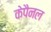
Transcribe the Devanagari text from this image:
केपैनल